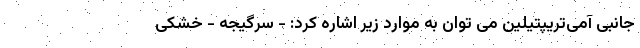
جانبی آمی‌تریپتیلین می توان به موارد زیر اشاره کرد: - سرگیجه - خشکی